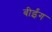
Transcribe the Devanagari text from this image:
बीईंग